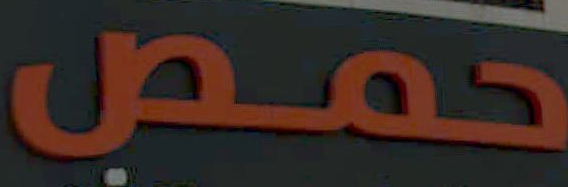
حمص